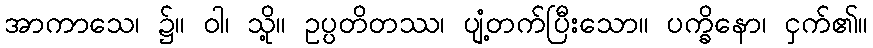
အာကာသေ၊ ၌။ ဝါ၊ သို့။ ဥပ္ပတိတဿ၊ ပျံ့တက်ပြီးသော။ ပက္ခိနော၊ ငှက်၏။